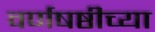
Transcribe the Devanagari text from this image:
वर्णषष्ठीच्या